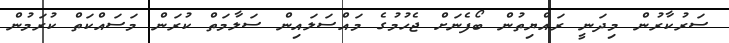
ސަރުކާރުން މިދަނީ ރައްޔިތުން ބޯފެނަށް ޖެހުމުގެ މައްސަލައިން ސަލާމަތް ކުރަން މަސައްކަތް ކުރަމުން